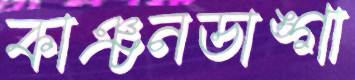
কাঞ্চনডাঙ্গা